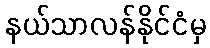
နယ်သာလန်နိုင်ငံမှ